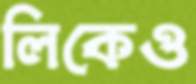
লিকেও